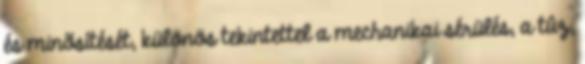
és minõsítését, különös tekintettel a mechanikai sérülés, a tûz,